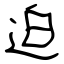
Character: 迫